King Institute of Preventive Medicine Bacteriolog. Section reports 1907-08
Year: 1907
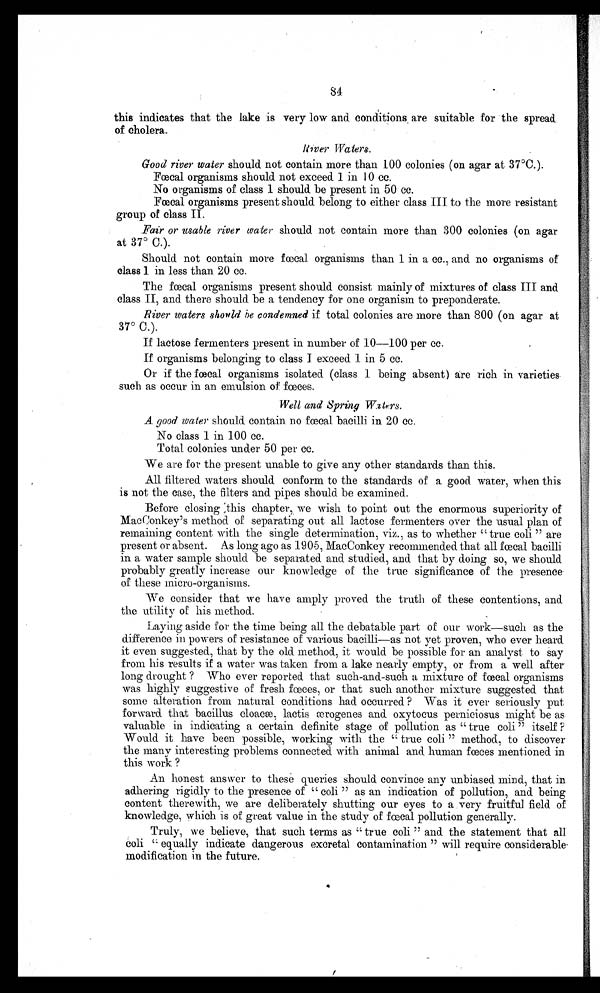
84
this indicates that the lake is very low and conditions are suitable for the spread
of cholera.
River Waters.
Good river water should not contain more than 100 colonies (on agar at 37°C.) .
Fœcal organisms should not exceed 1 in 10 cc.
No organisms of class 1 should be present in 50 cc.
Fœcal organisms present should belong to either class III to the more resistant
group of class II .
Fair or usable river water should not contain more than 300 colonies (on agar
at 37° C.).
Should not contain more fœcal organisms than 1 in a cc., and no organisms of
class 1 in less than 20 cc.
The fœ cal organisms present should consist mainly of mixtures of class III and
class II, and there should be a tendency for one organism to preponderate.
River waters should he condemned if total colonies are more than 800 (on agar at
37° C.).
If lactose fermenters present in number of 10—100 per cc.
If organisms belonging to class I exceed 1 in 5 cc.
Or if the fœc al organisms isolated (class 1 being absent) are rich in varieties
such as occur in an emulsion of f œc es.
Well and Spring Waters.
A good water should contain no fœ cal bacilli in 20 cc.
No class 1 in 100 cc.
Total colonies under 50 per cc.
We are for the present unable to give any other standards than this.
All filtered waters should conform to the standards of a good water, when this
is not the case, the filters and pipes should be examined.
Before closing this chapter, we wish to point out the enormous superiority of
MacConkey's method of separating out all lactose fermenters over the usual plan of
remaining content with the single determination, viz., as to whether " true coli " are
present or absent. As long ago as 1905, MacConkey recommended that all f œ tal bacilli
in a water sample should be separated and studied, and that by doing so, we should
probably greatly increase our knowledge of the true significance of the presence
of these micro-organisms.
We consider that we have amply proved the truth of these contentions, and
the utility of his method.
Laying aside for the time being all the debatable part of our work—such as the
difference in powers of resistance of various bacilli—as not yet proven, who ever heard
it even suggested, that by the old method, it would be possible for an analyst to say
from his results if a water was taken from a lake nearly empty, or from a well after
long drought ? Who ever reported that such-and-such a mixture of f œ cal organisms
was highly suggestive of fresh fœ ces, or that such another mixture suggested that
some alteration from natural conditions had occurred ? Was it ever seriously put
forward that bacillus cloacæ , lactis æ rogenes and oxytocus perniciosus might be as
valuable in indicating a certain definite stage of pollution as " true coli " itself ?
Would it have been possible, working with the " true coli " method, to discover
the many interesting problems connected with animal and human fœces mentioned in
this work ?
An honest answer to these queries should convince any unbiased mind, that in
adhering rigidly to the presence of " coli " as an indication of pollution, and being
content therewith, we are deliberately shutting our eyes to a very fruitful field of
knowledge, which is of great value in the study of fœcal pollution generally.
Truly, we believe, that such terms as " true coli " and the statement that all
soli " equally indicate dangerous excretal contamination " will require considerable
modification in the future.